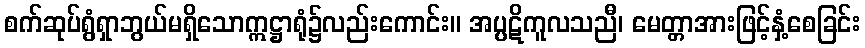
စက်ဆုပ်ရွံရှာဘွယ်မရှိသောဣဋ္ဌာရုံ၌လည်းကောင်း။ အပ္ပဋိကူလသညီ၊ မေတ္တာအားဖြင့်နှံ့စေခြင်း